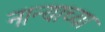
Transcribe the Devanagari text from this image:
नान्याच्या